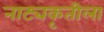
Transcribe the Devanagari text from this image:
नाट्यकृतीला